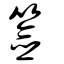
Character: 簽